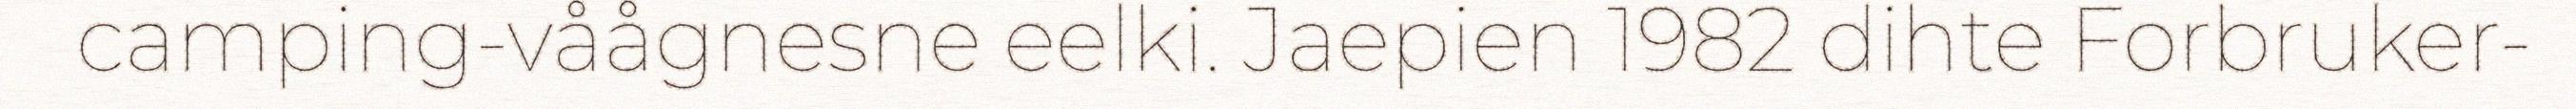
camping-våågnesne eelki. Jaepien 1982 dihte Forbruker-